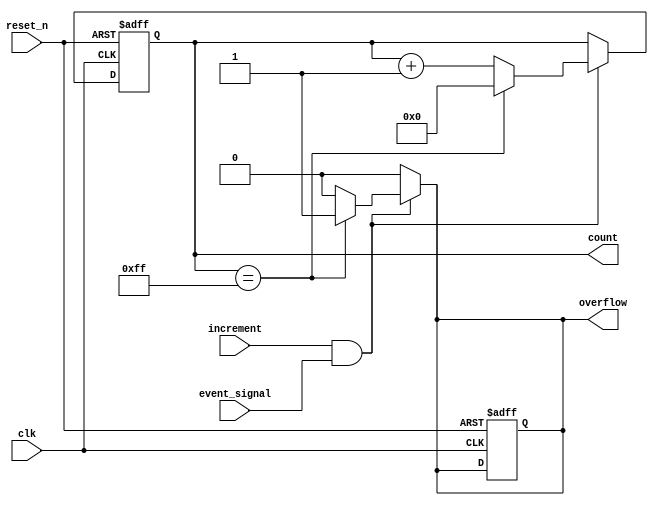
module EventCounter #(
    parameter COUNTER_WIDTH = 8 // Parameter for the width of the counter
)(
    input wire clk,               // Clock signal
    input wire reset_n,           // Asynchronous active-low reset signal
    input wire increment,          // Control signal to increment the count
    input wire event_signal,       // Event signal to trigger increment
    output reg [COUNTER_WIDTH-1:0] count, // Current count value
    output reg overflow           // Overflow flag
);

    // Internal signal to hold the next count value
    reg [COUNTER_WIDTH-1:0] next_count;

    // Asynchronous reset and synchronous counting logic
    always @(posedge clk or negedge reset_n) begin
        if (!reset_n) begin
            count <= 0;            // Reset count to 0
            overflow <= 0;         // Clear overflow flag
        end else begin
            count <= next_count;   // Update count with next count value
        end
    end

    // Combinational logic to determine next count value
    always @(*) begin
        // Default next count to current count
        next_count = count;

        // Check for event signal and increment control
        if (increment && event_signal) begin
            if (count == {COUNTER_WIDTH{1'b1}}) begin
                next_count = 0;    // Wrap around on overflow
                overflow = 1;       // Set overflow flag
            end else begin
                next_count = count + 1; // Increment count
                overflow = 0;       // Clear overflow flag
            end
        end else begin
            overflow = 0;           // Clear overflow if not incrementing
        end
    end

endmodule